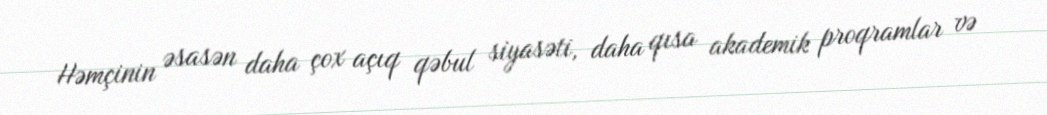
Həmçinin əsasən daha çox açıq qəbul siyasəti, daha qısa akademik proqramlar və